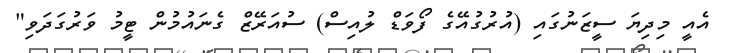
އެއީ މިދިޔަ ސީޒަނުގައި (އުރުގުއޭގެ ފޯވަޑް ލުއިސް) ސުއަރޭޒް ގެނައުމުން ޓީމު ވަރުގަދަވި"